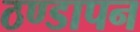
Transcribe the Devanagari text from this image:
ठण्‍डापन